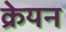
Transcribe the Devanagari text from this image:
क्रेयन